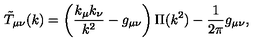
\tilde { T } _ { \mu \nu } ( k ) = \left( \frac { k _ { \mu } k _ { \nu } } { k ^ { 2 } } - g _ { \mu \nu } \right) \Pi ( k ^ { 2 } ) - \frac { 1 } { 2 \pi } g _ { \mu \nu } ,